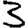
Digit: 3